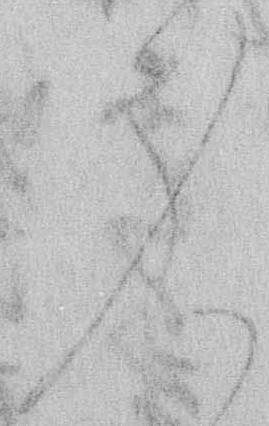
身